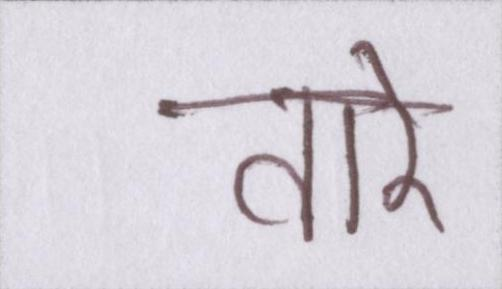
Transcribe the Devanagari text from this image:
तारे